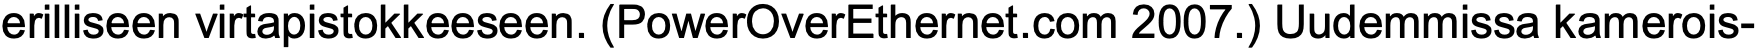
erilliseen virtapistokkeeseen. (PowerOverEthernet.com 2007.) Uudemmissa kamerois-